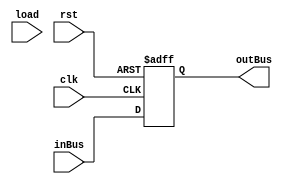
`timescale 1ns/1ns
module xRegister(input clk, rst, load, input [15:0] inBus, output reg [15:0] outBus);
	always @(posedge clk, posedge rst)
		if (rst)
			outBus <= 16'b0000000000000000;
		else
			outBus <= inBus;
endmodule